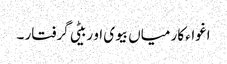
اغواء کار میاں بیوی او ربیٹی گرفتار ۔